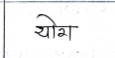
मजकूर: योग